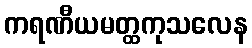
ကရဏီယမတ္ထကုသလေန